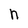
Character: n